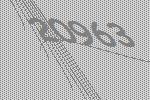
20963